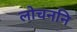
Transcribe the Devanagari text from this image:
लोचननि